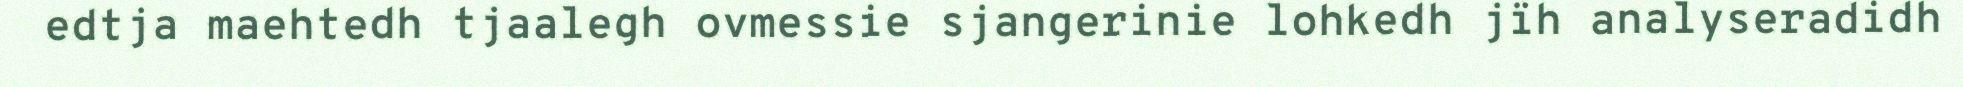
edtja maehtedh tjaalegh ovmessie sjangerinie lohkedh jïh analyseradidh